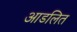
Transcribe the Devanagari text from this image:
आडलित